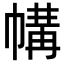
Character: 㡚